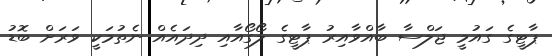
ޕާޓީގެ ގައުމީ ޖަލްސާ ބާއްވާއިރު ޕާޓީގެ ލޯގޯއާއި ދިދައެއް ނެތުމަކީ ވަރަށް ބޮޑު